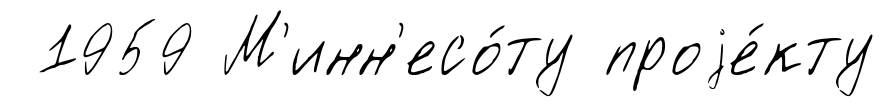
1959 М'инн'есо́ту проjе́кту